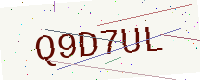
Text: Q9D7UL